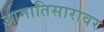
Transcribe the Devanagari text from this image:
आमातिसारावर